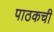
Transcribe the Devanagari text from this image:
पाठकची